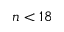
n < 1 8